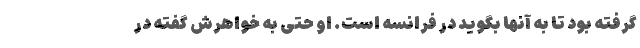
گرفته بود تا به آنها بگوید در فرانسه است. او حتی به خواهرش گفته در